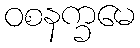
ဝစနက္ခမေ